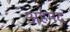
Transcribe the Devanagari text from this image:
अहंमद